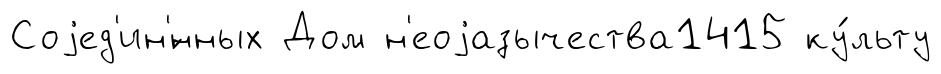
Соjед'ин'́нных Дом н'еоjазычества1415 ку́льту